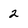
Character: 2